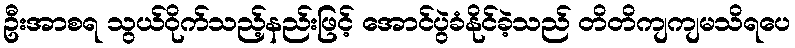
ဦးအာစရ သွယ်ဝိုက်သည့်နည်းဖြင့် အောင်ပွဲခံနိုင်ခဲ့သည် တိတိကျကျမသိရပေ